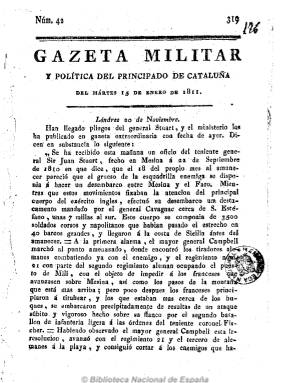
Título: Gazeta militar y política del Principado de Cataluña
Otros títulos: Gaceta militar y política del Principado de Cataluña
Colección: Gacetas
Ámbito geográfico: Tarragona
Lugar de publicación: Tarragona
Fechas: 15/01/1811-02/02/1811

Aparece el 23 de agosto de 1808, cuando Tarragona se ha convertido en la capital del Principado tras haber quedado ocupada Barcelona por las tropas francesas en febrero de ese año, convirtiéndose esta en la más larga ocupación napoleónica de una ciudad española, que lo fue hasta abril de 1814. Fue impresa “de orden de la Junta Superior del Principado”, al principio estampada en las dos imprentas locales, la de la viuda María Canals y la de Miguel Puigrubí, para pasar después a ser impresa por Antonio Brusi, desde agosto de 1809 a octubre de 1813. Durante este tiempo tanto la imprenta como los redactores de la Gazeta, en su mayoría clérigos, siguieron por una decena de poblaciones el itinerario al que se vieron obligados la Junta y el Ejército catalanes, convirtiéndose en prototipo de imprenta volante, móvil o de campaña y el periódico en órgano itinerante oficial y en el más importante de Cataluña.

Con periodicidad, generalmente, bisemanal, y en números de cuatro páginas, aunque a veces de ocho, publicó noticias sobre el curso de los acontecimientos de las guerras napoleónicas y políticos, tanto locales como del resto de España y Europa, así como proclamas, manifiestos, comentarios, extractos de otros periódicos, etc.

Siguió publicándose con este título hasta el 31 de octubre de 1813, en que cambia a Gazeta de Cataluña, imprimiéndose esta en Vic desde el cuatro de noviembre de este año hasta el 29 de mayo de 1814. Tras acabar la guerra, seguirá publicándose con esta cabecera en Barcelona, hasta diciembre de 1816.

Se conoce también la reimpresión del número correspondiente al 26 de agosto de 1808, por Aicart, en Valencia, que había salido de la Oficina de la Viuda de M. Peris, y de ocho páginas. En la colección de la Biblioteca Nacional de España se incluyen dos hojas, al final del número 47, de 2 de febrero de 1811, relativas a una nota de tesorería del Ejército de Cataluña.